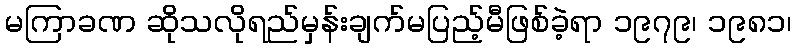
မကြာခဏ ဆိုသလိုရည်မှန်းချက်မပြည့်မီဖြစ်ခဲ့ရာ ၁၉၇၉၊ ၁၉၈၁၊